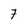
Character: 7